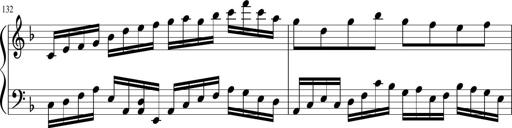
Title: Sonatina in F major
Composer: Ethan Ngo
Key: F major